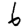
Digit: 6